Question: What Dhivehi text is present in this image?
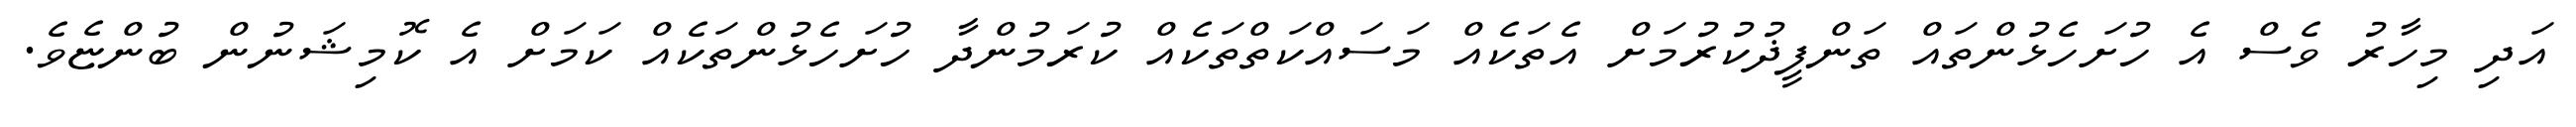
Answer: އަދި މިހާރު ވެސް އެ ހުށަހެޅުންތައް ތަންފީޛުކުރުމަށް އެތަކެއް މަސައްކަތްތަކެއް ކުރަމުންދާ ހުށަހެޅުންތަކެއް ކަމަށް އެ ކޮމިޝަނުން ބުންޏެވެ.